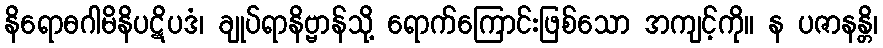
နိရောဓဂါမိနိပဋိပဒံ၊ ချုပ်ရာနိဗ္ဗာန်သို့ ရောက်ကြောင်းဖြစ်သော အကျင့်ကို။ န ပဇာနန္တိ၊